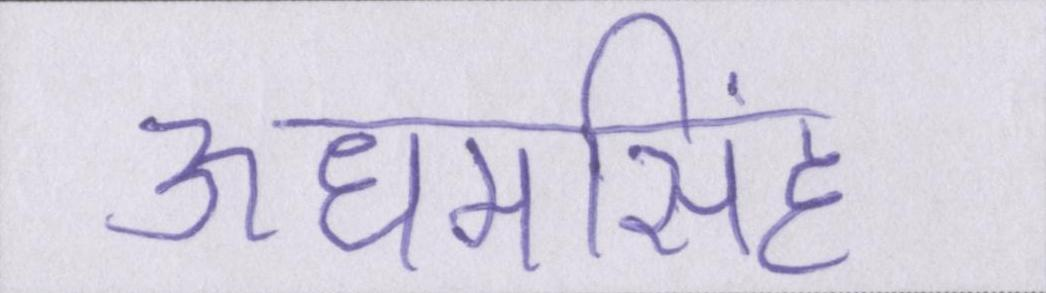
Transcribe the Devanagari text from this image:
ऊधमसिंह